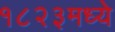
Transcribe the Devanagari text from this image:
१८२३मध्ये